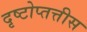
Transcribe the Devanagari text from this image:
दृष्टोप्तत्तीस